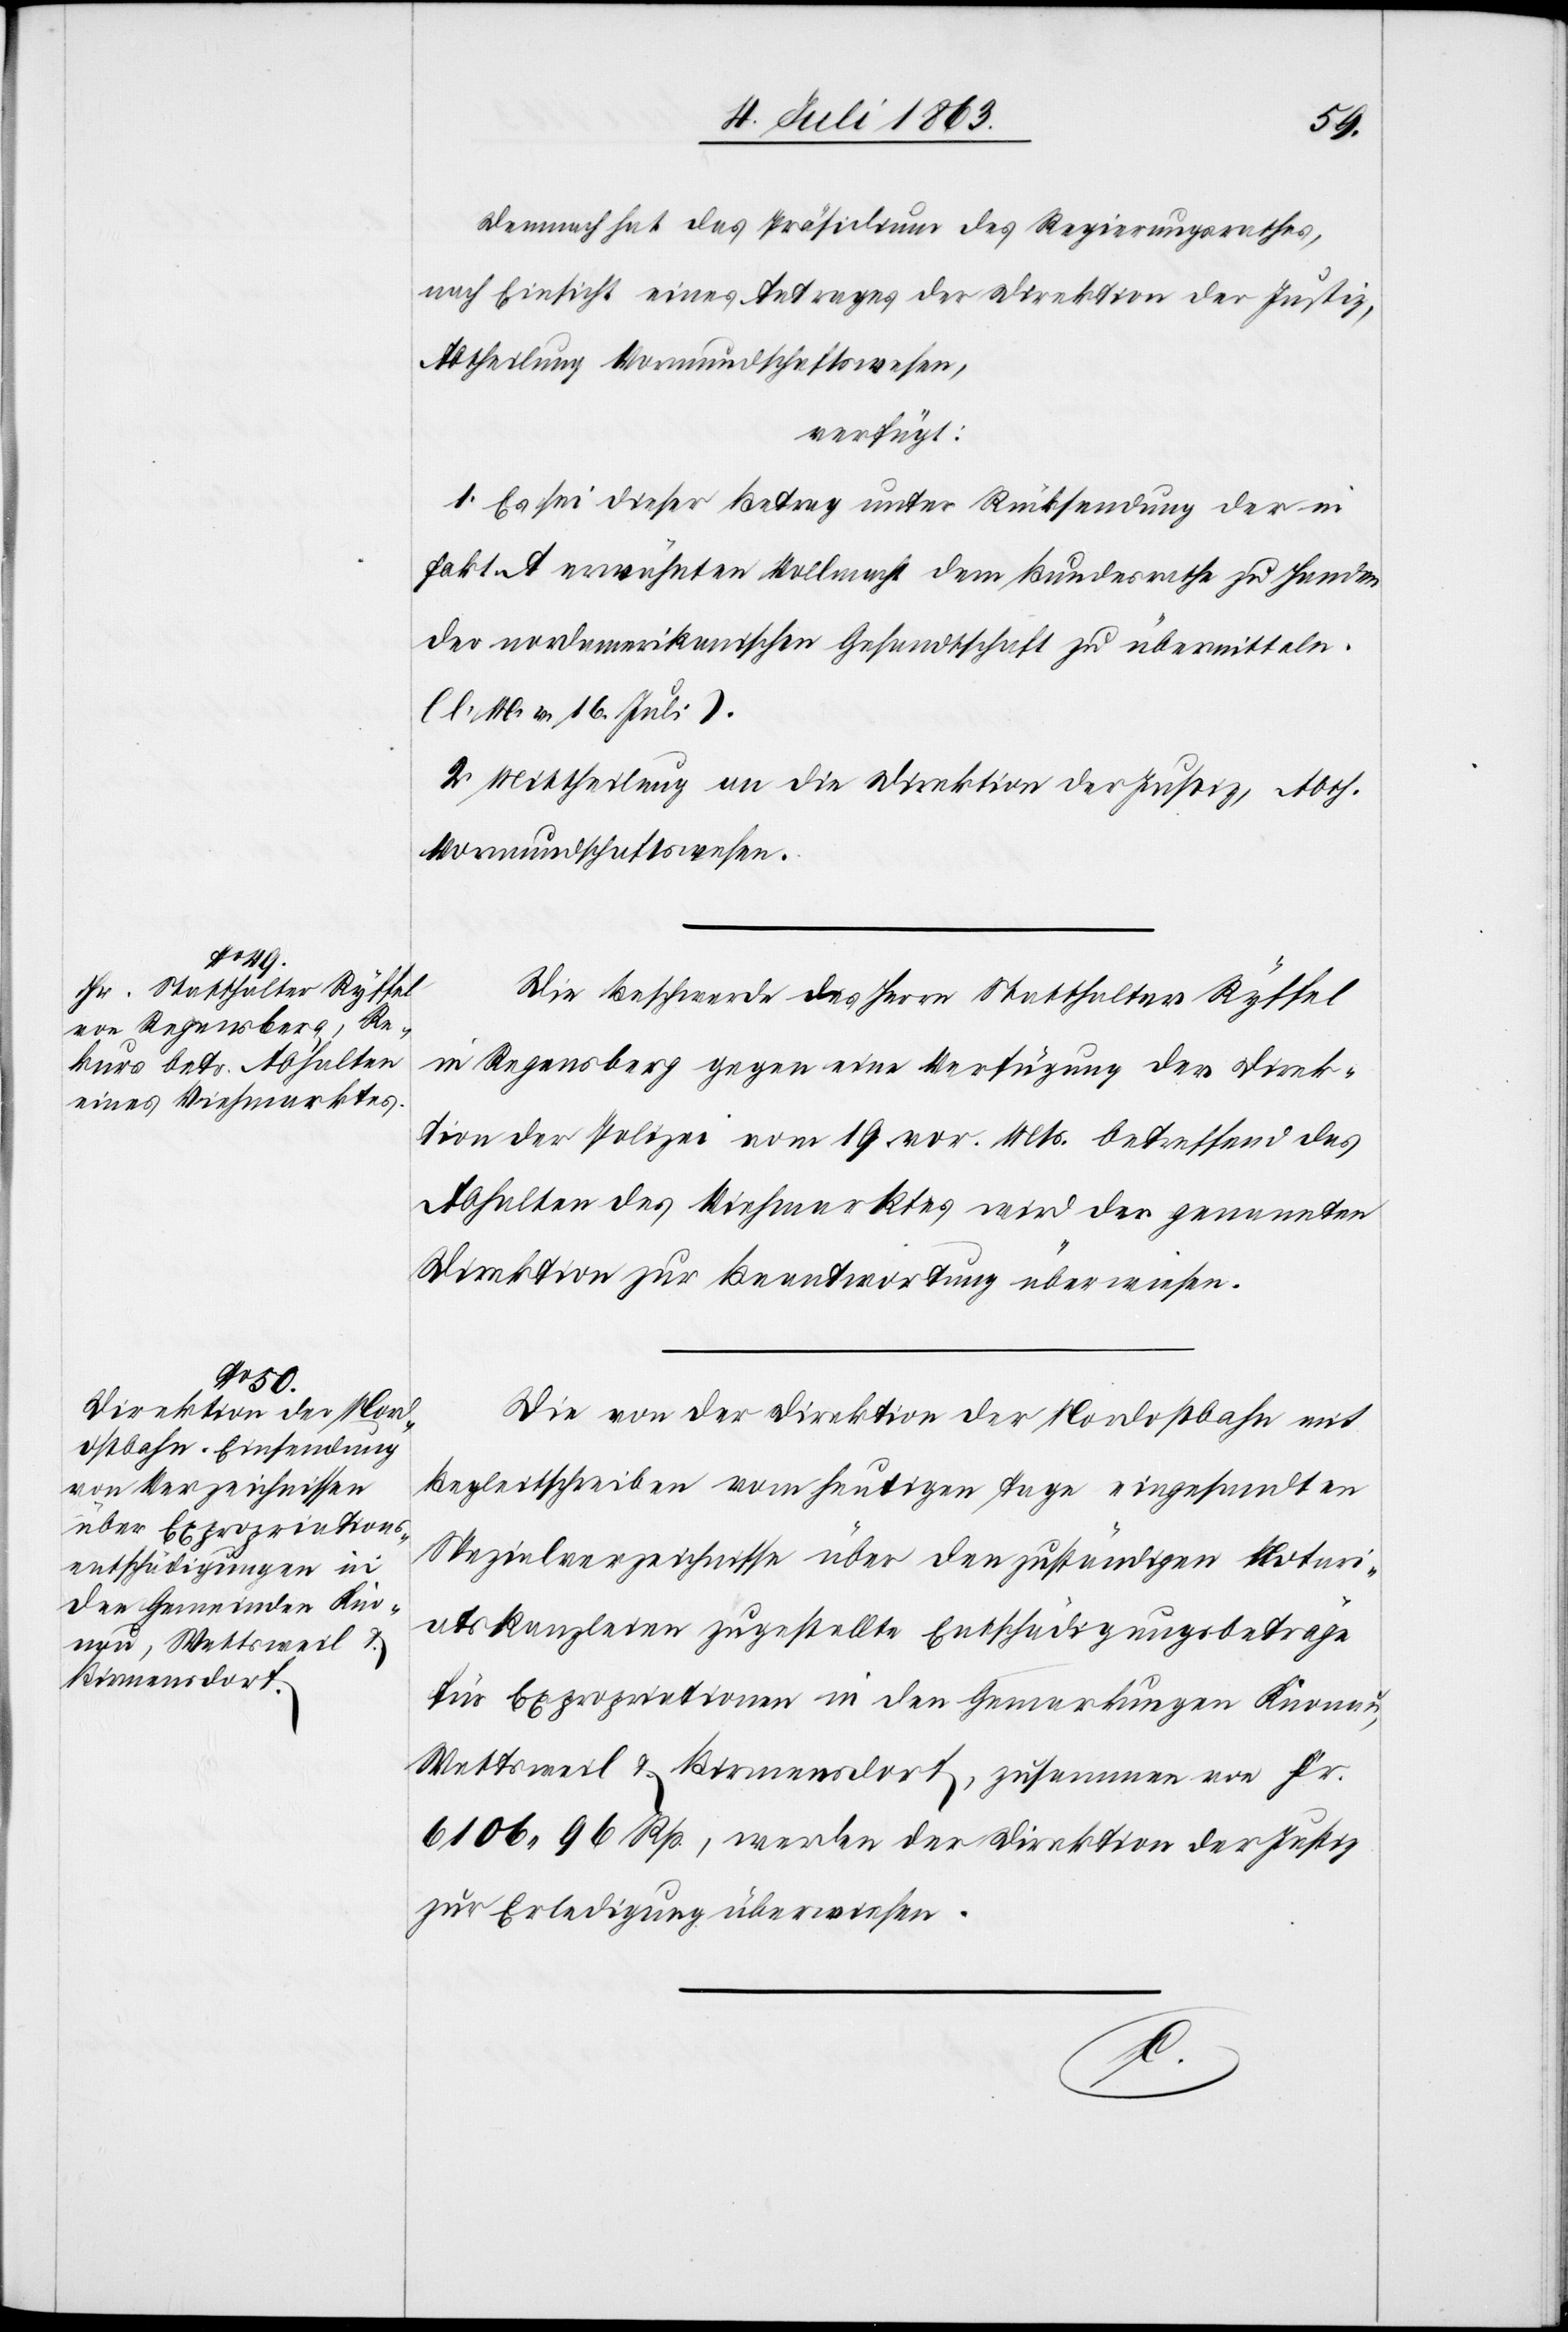
8. Juli 1863.]
Demnach hat das Präsidium des Regierungsrathes,
nach Einsicht eines Antrages der Direktion der Justiz,
Abtheilung Vormundschaftswesen,
verfügt:
1. Es sei dieser Betrag unter Rücksendung der in
fakt. A erwähnten Vollmacht dem Bundesrathe zu Handen
der nordamerikanischen Gesandtschaft zu übermitteln.
(l. M. v. 16. Juli).
2. Mittheilung an die Direktion der Justiz, Abth.
Vormundschaftswesen.
Die Beschwerde des Herrn Statthalter Ryffel
in Regensberg gegen eine Verfügung der Direk¬
tion der Polizei vom 19. vor. Mts. betreffend das
Abhalten des Viehmarktes wird der genannten
Direktion zur Beantwortung überwiesen.
Die von der Direktion der Nordostbahn mit
Begleitschreiben vom heutigen Tage eingesandten
Spezialverzeichnisse über den zuständigen Notari¬
atskanzleien zugestellte Entschädigungsbeträge
für Expropriationen in den Gemarkungen Knonau,
Wettsweil & Birmensdorf, zusammen von Fr.
6106. 96 Rp., werden der Direktion der Justiz
zur Erledigung überwiesen.